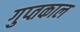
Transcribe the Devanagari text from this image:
गुप्‍तकाल